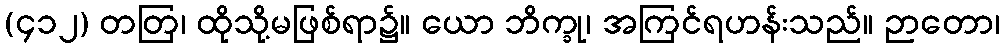
(၄၁၂) တတြ၊ ထိုသို့မဖြစ်ရာ၌။ ယော ဘိက္ခု၊ အကြင်ရဟန်းသည်။ ဉာတော၊